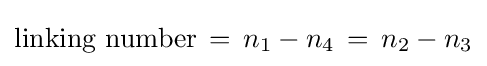
{\text{linking number}}\,=\,n_{1}-n_{4}\,=\,n_{2}-n_{3}